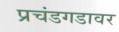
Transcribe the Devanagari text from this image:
प्रचंडगडावर